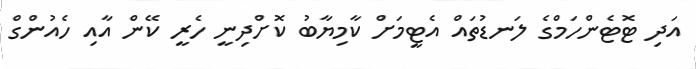
އަދި ޓޮޓެންހަމްގެ ލަނޑުތައް އެޓީމަށް ކާމިޔާބު ކޮށްދިނީ ހެރީ ކޭން އާއި ހެއުންގް